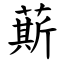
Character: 䔮